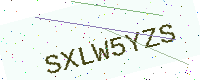
Text: SXLW5YZS